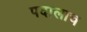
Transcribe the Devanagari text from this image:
पदालाच